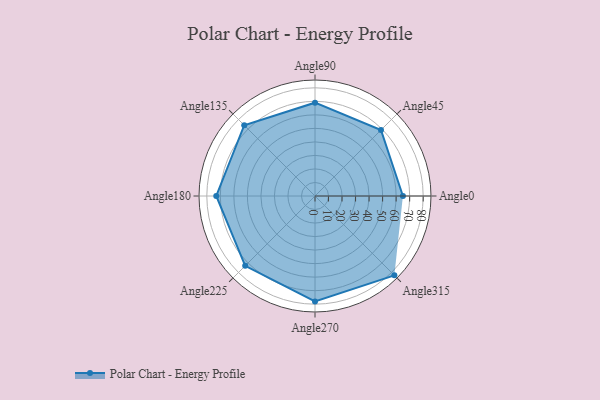
{"axis": {"x": "Angle", "y": "Radius"}, "legend": [""], "data": [{"x": "Angle0", "y": 65.0, "type": ""}, {"x": "Angle45", "y": 69.0, "type": ""}, {"x": "Angle90", "y": 69.0, "type": ""}, {"x": "Angle135", "y": 74.0, "type": ""}, {"x": "Angle180", "y": 73.0, "type": ""}, {"x": "Angle225", "y": 73.0, "type": ""}, {"x": "Angle270", "y": 78.0, "type": ""}, {"x": "Angle315", "y": 83.0, "type": ""}]}